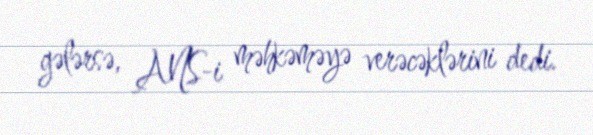
gələrsə, ANS-i məhkəməyə verəcəklərini dedi.